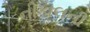
નીકાલની